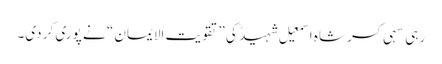
رہی سہی کسر شاہ اسمعیل شہید ؒ کی ”تقویت الایمان “ نے پوری کر دی۔